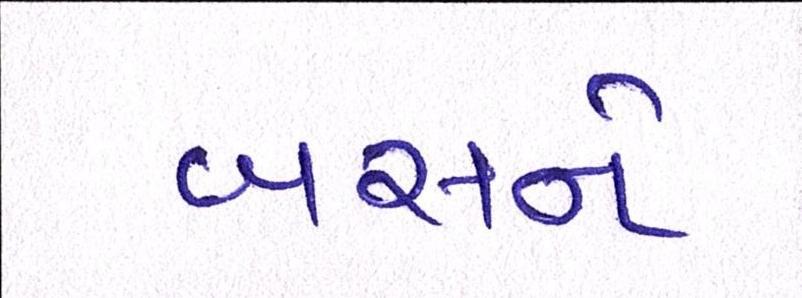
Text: બસને